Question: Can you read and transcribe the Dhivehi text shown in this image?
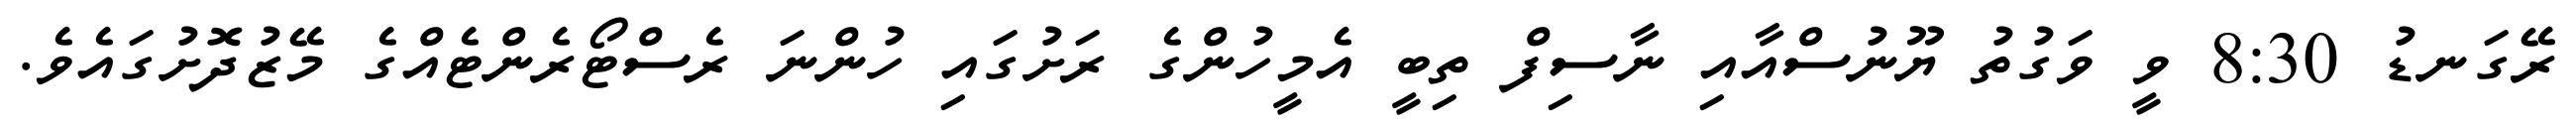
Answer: ރޭގަނޑު 8:30 ވީ ވަގުތު ޔޫނުސްއާއި ނާސިފް ތިބީ އެމީހުންގެ ރަށުގައި ހުންނަ ރެސްޓޯރެންޓެއްގެ މޭޒުދޮށުގައެވެ.